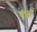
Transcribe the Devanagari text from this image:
गढ़ां